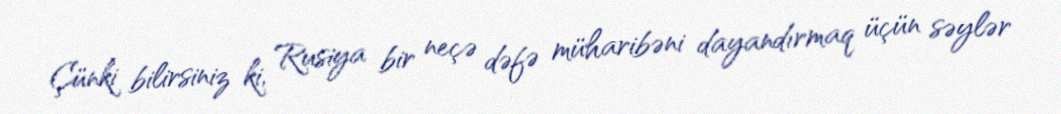
Çünki bilirsiniz ki, Rusiya bir neçə dəfə müharibəni dayandırmaq üçün səylər